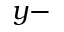
y -